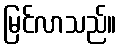
မြင်လာသည်။